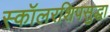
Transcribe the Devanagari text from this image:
स्कॉलरशिपसुद्धा